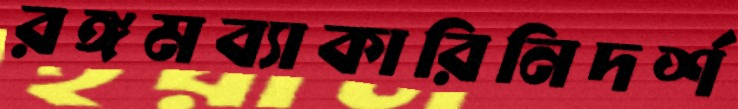
রঙ্গমব্যাকারিনিদর্শ